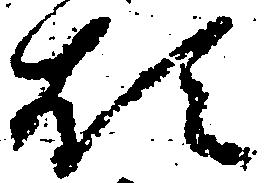
煩